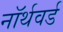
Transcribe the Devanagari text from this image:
नॉर्थवर्ड